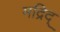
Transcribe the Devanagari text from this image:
मद्रिद्